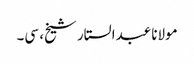
مولانا عبدالستار شیخ، سی۔